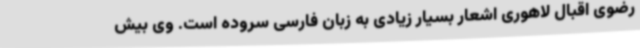
رضوی اقبال لاهوری اشعار بسیار زیادی به زبان فارسی سروده است. وی بیش